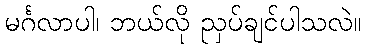
မင်္ဂလာပါ၊ ဘယ်လို ညှပ်ချင်ပါသလဲ။